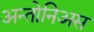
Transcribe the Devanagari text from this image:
अन्तोनिअस